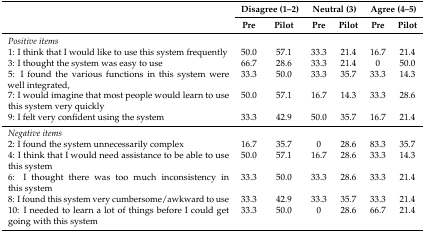
|  | <COLSPAN=2> Disagree (1–2) | <COLSPAN=2> Neutral (3) | <COLSPAN=2> Agree (4–5) |
 |  | Pre | Pilot | Pre | Pilot | Pre | Pilot |
 | --- | --- | --- | --- | --- | --- | --- |
 | Positive items |  |  |  |  |  |  |
 | 1: I think that I would like to use this system frequently | 50.0 | 57.1 | 33.3 | 21.4 | 16.7 | 21.4 |
 | 3: I thought the system was easy to use | 66.7 | 28.6 | 33.3 | 21.4 | 0 | 50.0 |
 | 5: I found the various functions in this system were well integrated, | 33.3 | 50.0 | 33.3 | 35.7 | 33.3 | 14.3 |
 | 7: I would imagine that most people would learn to use this system very quickly | 50.0 | 57.1 | 16.7 | 14.3 | 33.3 | 28.6 |
 | 9: I felt very confident using the system | 33.3 | 42.9 | 50.0 | 35.7 | 16.7 | 21.4 |
 | Negative items |  |  |  |  |  |  |
 | 2: I found the system unnecessarily complex | 16.7 | 35.7 | 0 | 28.6 | 83.3 | 35.7 |
 | 4: I think that I would need assistance to be able to use this system | 50.0 | 57.1 | 16.7 | 28.6 | 33.3 | 14.3 |
 | 6: I thought there was too much inconsistency in this system | 33.3 | 50.0 | 33.3 | 28.6 | 33.3 | 21.4 |
 | 8: I found this system very cumbersome/awkward to use | 33.3 | 42.9 | 33.3 | 35.7 | 33.3 | 21.4 |
 | 10: I needed to learn a lot of things before I could get going with this system | 33.3 | 50.0 | 0 | 28.6 | 66.7 | 21.4 |